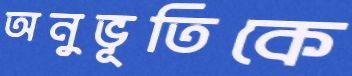
অনুভূতিকে